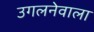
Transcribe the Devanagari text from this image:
उगलनेवाला